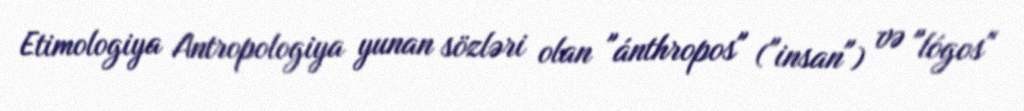
Etimologiya Antropologiya yunan sözləri olan "ánthropos" ("insan") və "lógos"